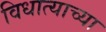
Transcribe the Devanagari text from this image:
विधात्याच्या